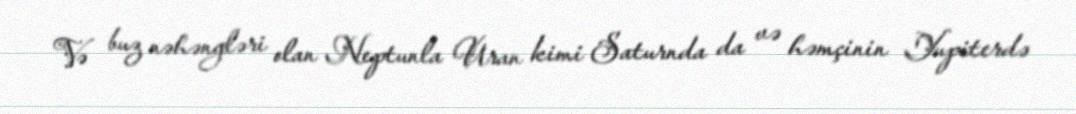
Və buz nəhəngləri olan Neptunla Uran kimi Saturnda da və həmçinin Yupiterdə